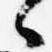
々